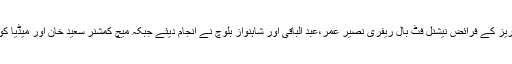
کھیلے گئے میچ میں ریفریز کے فرائض نیشنل فٹ بال ریفری نصیر عمر،عبد الباقی اور شاہنواز بلوچ نے انجام دیئے جبکہ میچ کمشنر سعید خان اور میڈیا کوارڈینٹر شیر افضل تھے ۔